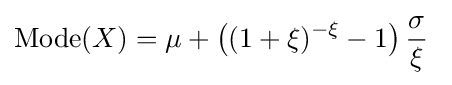
\operatorname {Mode} (X)=\mu +{\bigl (}(1+\xi )^{-\xi }-1{\bigr )}\,{\frac {\sigma }{\xi }}~